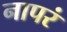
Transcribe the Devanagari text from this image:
नापरं